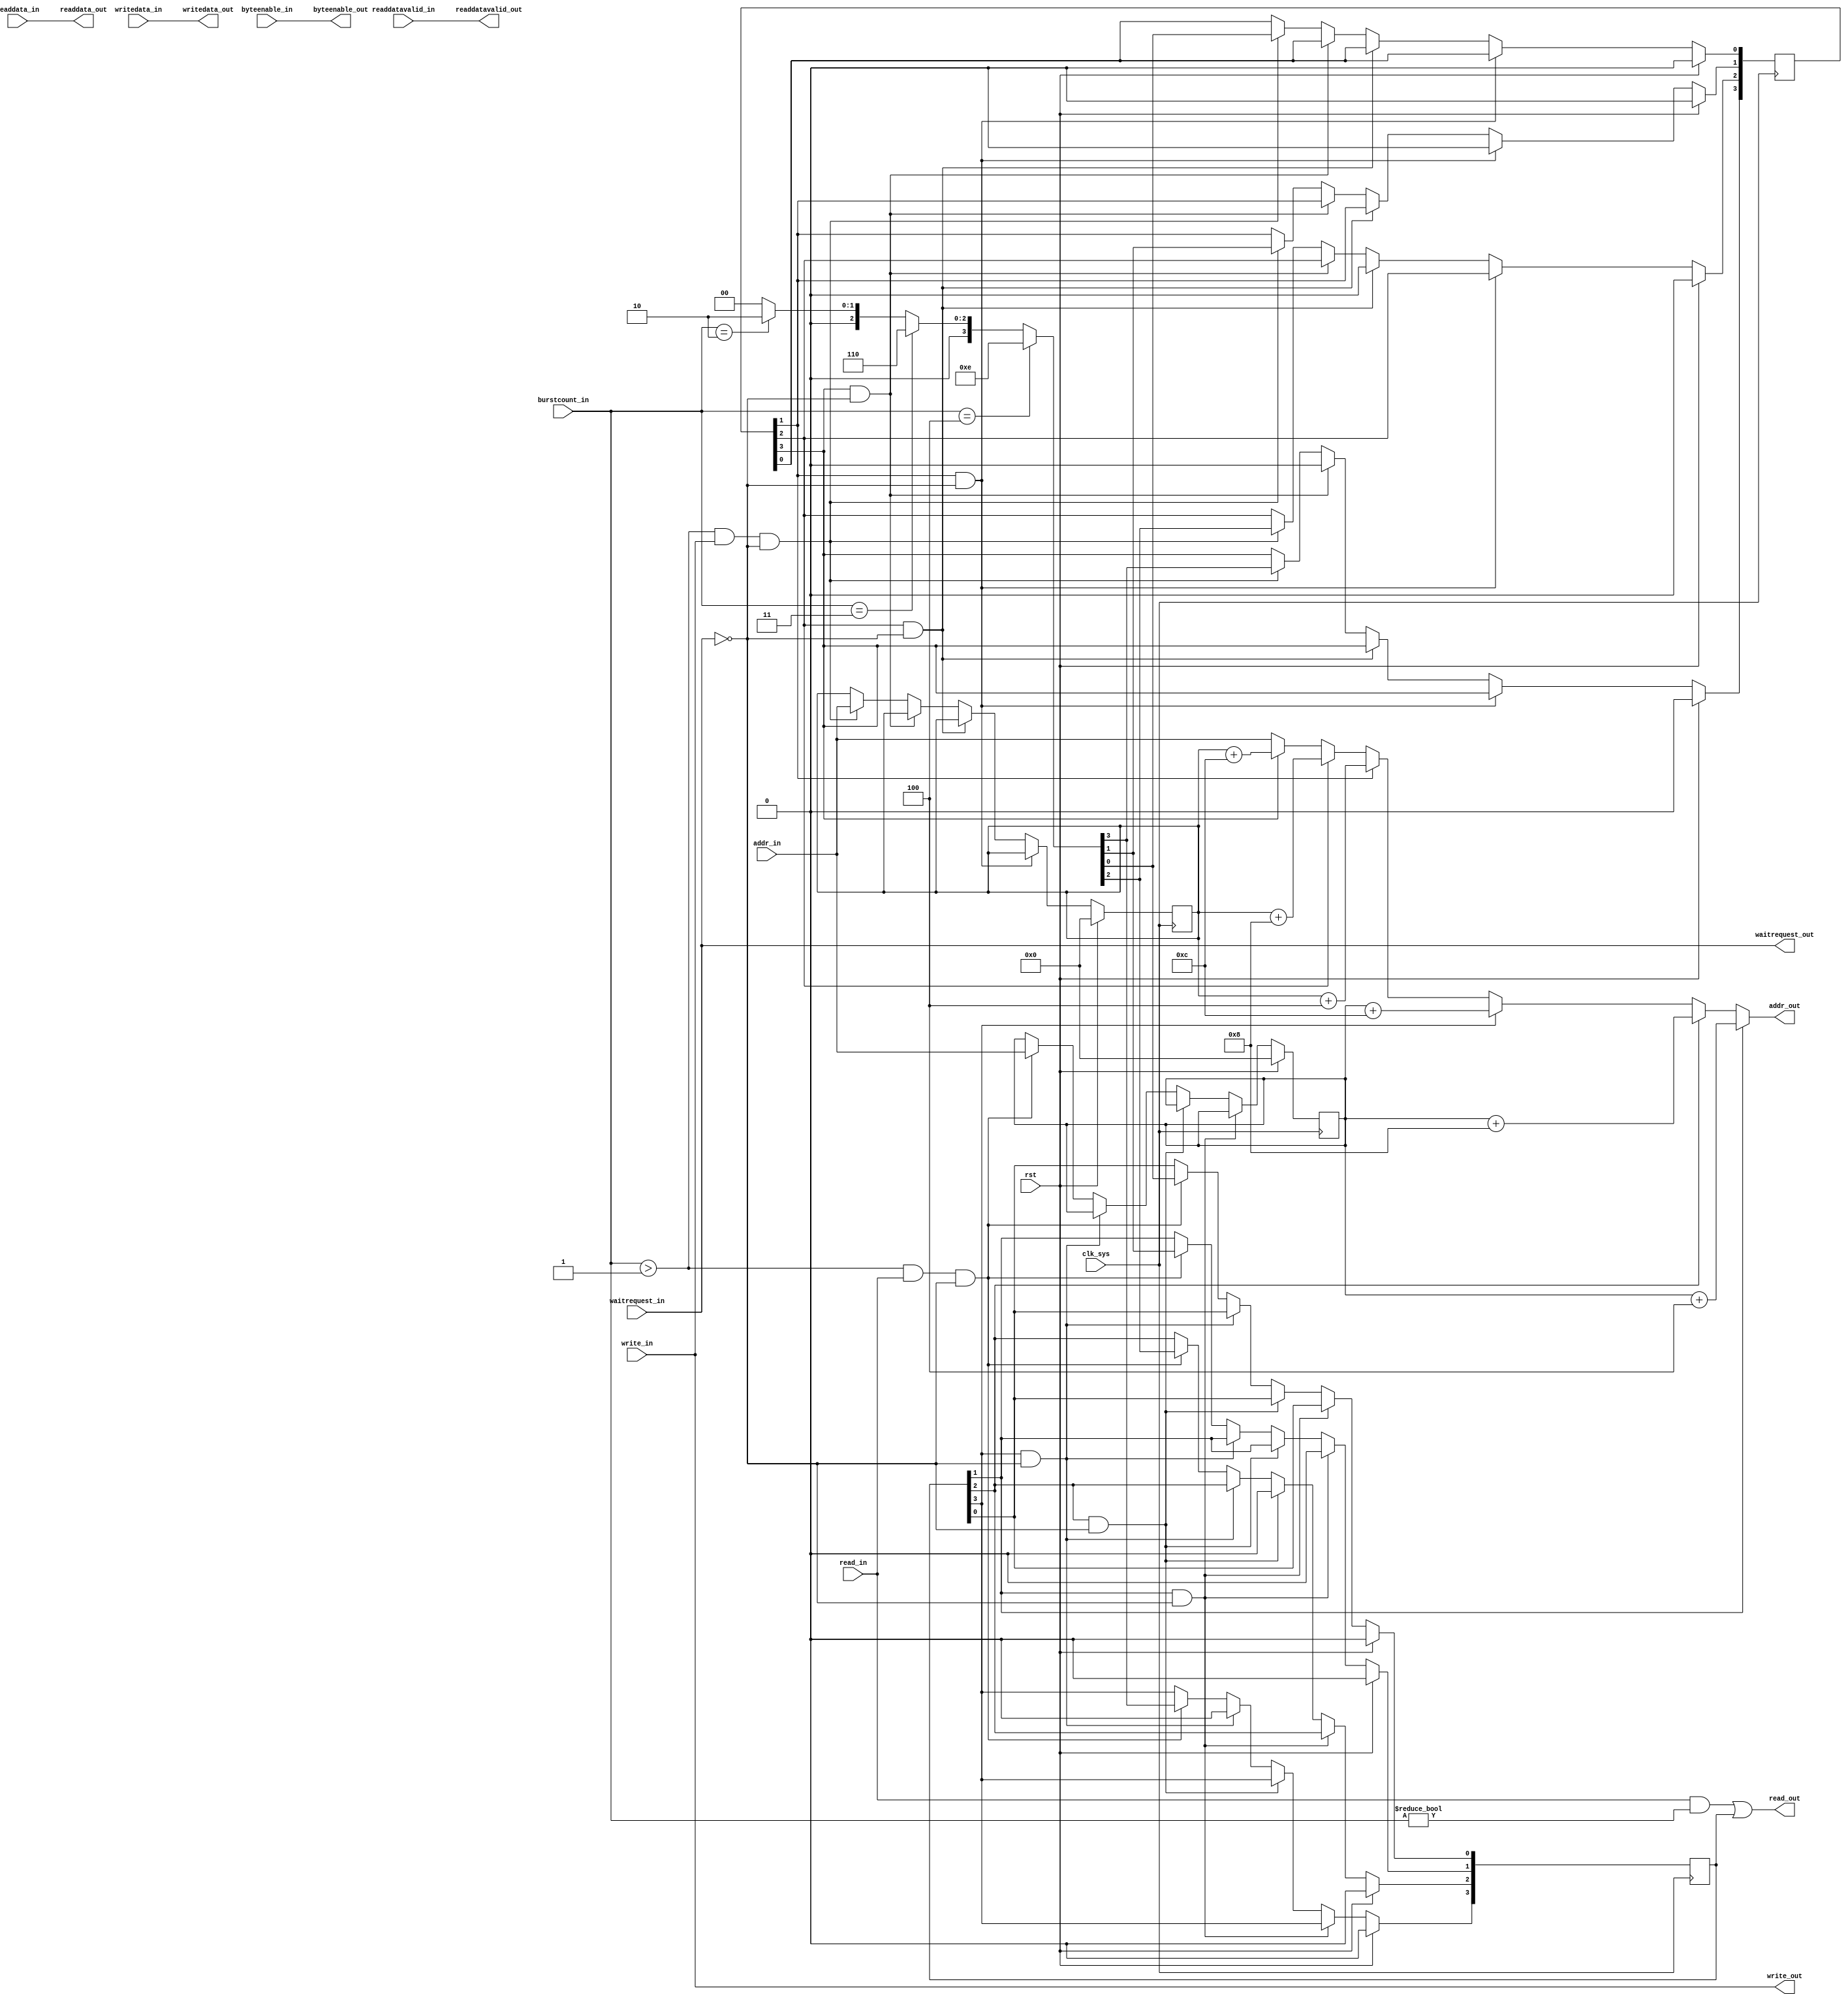
module burst_converter
  #(
    parameter IADDR = 32,
    parameter OADDR = 32
    )
    (
     input wire              clk_sys,
     input wire              rst,

     input wire [IADDR-1:0]  addr_in,
     input wire              write_in,
     input wire [31:0]       writedata_in,
     input wire              read_in,
     output wire [31:0]      readdata_out,
     output wire             readdatavalid_out,
     input wire [3:0]        byteenable_in,
     input wire [2:0]        burstcount_in,
     output wire             waitrequest_out,

     output wire [OADDR-1:0] addr_out,
     output wire             write_out,
     output wire [31:0]      writedata_out,
     output wire             read_out,
     input wire [31:0]       readdata_in,
     input wire              readdatavalid_in,
     output wire [3:0]       byteenable_out,
     input wire              waitrequest_in
     );


    // data
    // data[8] = valid bit
    reg [IADDR-1:0]          raddr, waddr;
    reg [3:0]                rcount, wcount;

    assign addr_out = (rcount[1]) ? raddr + 4 :
                      (rcount[2]) ? raddr + 8 :
                      (rcount[3]) ? raddr + 12 :
                      (wcount[1]) ? waddr + 4 :
                      (wcount[2]) ? waddr + 8 :
                      (wcount[3]) ? waddr + 12 : addr_in;

    assign writedata_out = writedata_in;
    assign byteenable_out = byteenable_in;

    assign write_out = write_in;
    assign read_out  = (read_in && burstcount_in != 0) || rcount;

    assign readdata_out = readdata_in;
    assign readdatavalid_out = readdatavalid_in;
    assign waitrequest_out = waitrequest_in;

    /////////////////////////////////////////////////////////////////////////
    // burst write
    /////////////////////////////////////////////////////////////////////////
    always @(posedge clk_sys) begin
        if(rst) begin
            wcount <= 0;
            waddr <= 0;
        end else if(wcount[1] && !waitrequest_in) begin
            wcount[1] <= 0;
        end else if(wcount[2] && !waitrequest_in) begin
            wcount[2] <= 0;
        end else if(wcount[3] && !waitrequest_in) begin
            wcount[3] <= 0;
        end else if(burstcount_in > 1 && write_in && !waitrequest_out) begin
            waddr <= addr_in;

            wcount <= (burstcount_in == 4) ? 4'b1110 :
                      (burstcount_in == 3) ? 4'b0110 :
                      (burstcount_in == 2) ? 4'b0010 : 0;
        end
    end

    /////////////////////////////////////////////////////////////////////////
    // burst read
    /////////////////////////////////////////////////////////////////////////
    always @(posedge clk_sys) begin
        if(rst) begin
            rcount <= 0;
            raddr <= 0;
        end else if(rcount[1] && !waitrequest_in) begin
            rcount[1] <= 0;
        end else if(rcount[2] && !waitrequest_in) begin
            rcount[2] <= 0;
        end else if(rcount[3] && !waitrequest_in) begin
            rcount[3] <= 0;
        end else if(burstcount_in > 1 && read_in && !waitrequest_out) begin
            raddr <= addr_in;

            rcount <= (burstcount_in == 4) ? 4'b1110 :
                      (burstcount_in == 3) ? 4'b0110 :
                      (burstcount_in == 2) ? 4'b0010 : 0;
        end
    end
endmodule